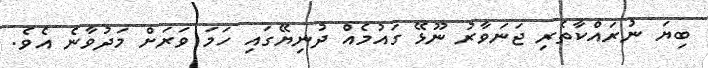
ބިޔަ ނުރައްކާތެރި ޖަނަވާރު ނޫޅޭ ގައުމެއް ދުނިޔޭގައި ހަމަ ވަރަށް މަދުވާނެ އެވެ.